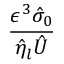
\frac { \epsilon ^ { 3 } \hat { \sigma } _ { 0 } } { \hat { \eta } _ { l } \hat { U } }